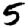
Digit: 5